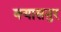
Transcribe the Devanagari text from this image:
क्यासनुर